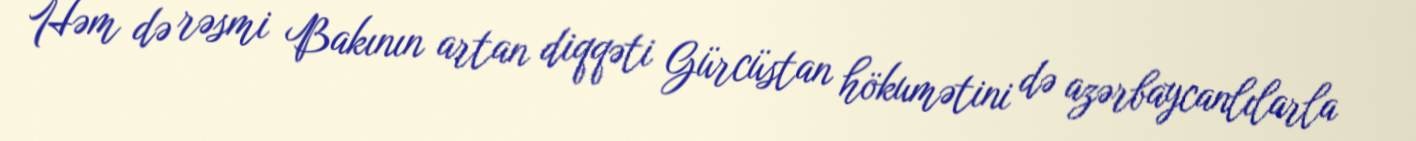
Həm də rəsmi Bakının artan diqqəti Gürcüstan hökumətini də azərbaycanlılarla